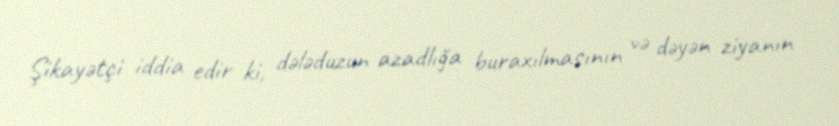
Şikayətçi iddia edir ki, dələduzun azadlığa buraxılmasının və dəyən ziyanın